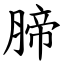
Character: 腣